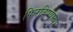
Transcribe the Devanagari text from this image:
फिरविण्याचा